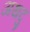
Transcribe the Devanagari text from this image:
अथदु